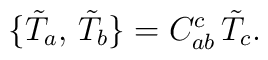
\bigl\{\tilde T_a,\,\tilde T_b\bigr\}=C_{ab}^c\,\tilde T_c.